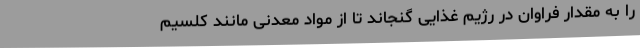
را به‌ مقدار فراوان در رژیم غذایی گنجاند تا از مواد معدنی مانند کلسیم